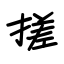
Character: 搓